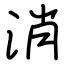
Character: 消